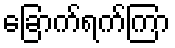
ခြောက်ရက်ကြာ